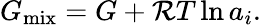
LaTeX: G_{\mathrm{mix}}=G+{\cal R}T\ln{a_{i}}.